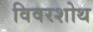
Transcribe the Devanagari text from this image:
विवरशोथ